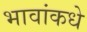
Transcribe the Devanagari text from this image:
भावांकधे